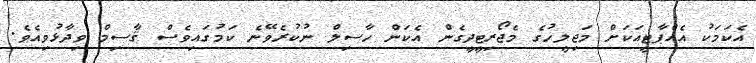
އެކަމަކު އެއްޕާޓީއަކަށް މަޖިލީހުގެ މެޖޯރިޓީދީގެން އެކަން ހާސިލް ނުކުރެވޭނެ ކަމުގައިވެސް ޤާސިމް ވިދާޅުވިއެވެ.